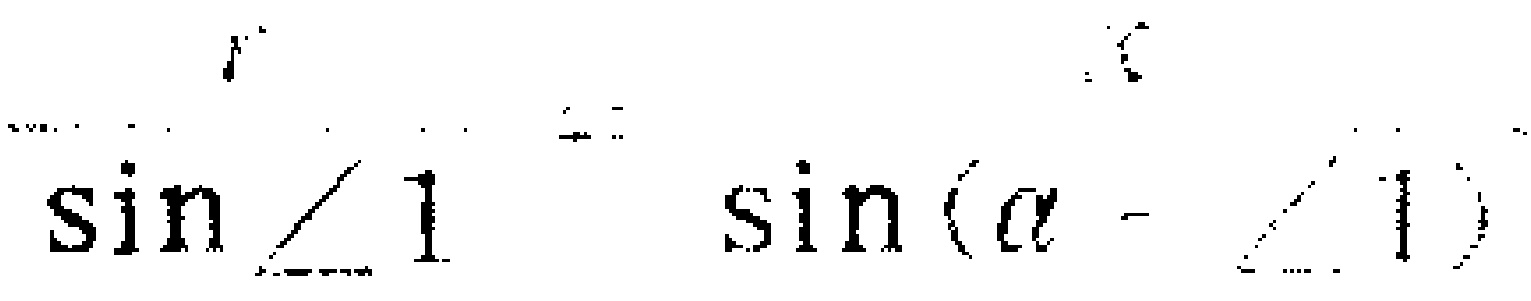
$\sin\angle 1\ \ \sin(\alpha - \angle 1)$